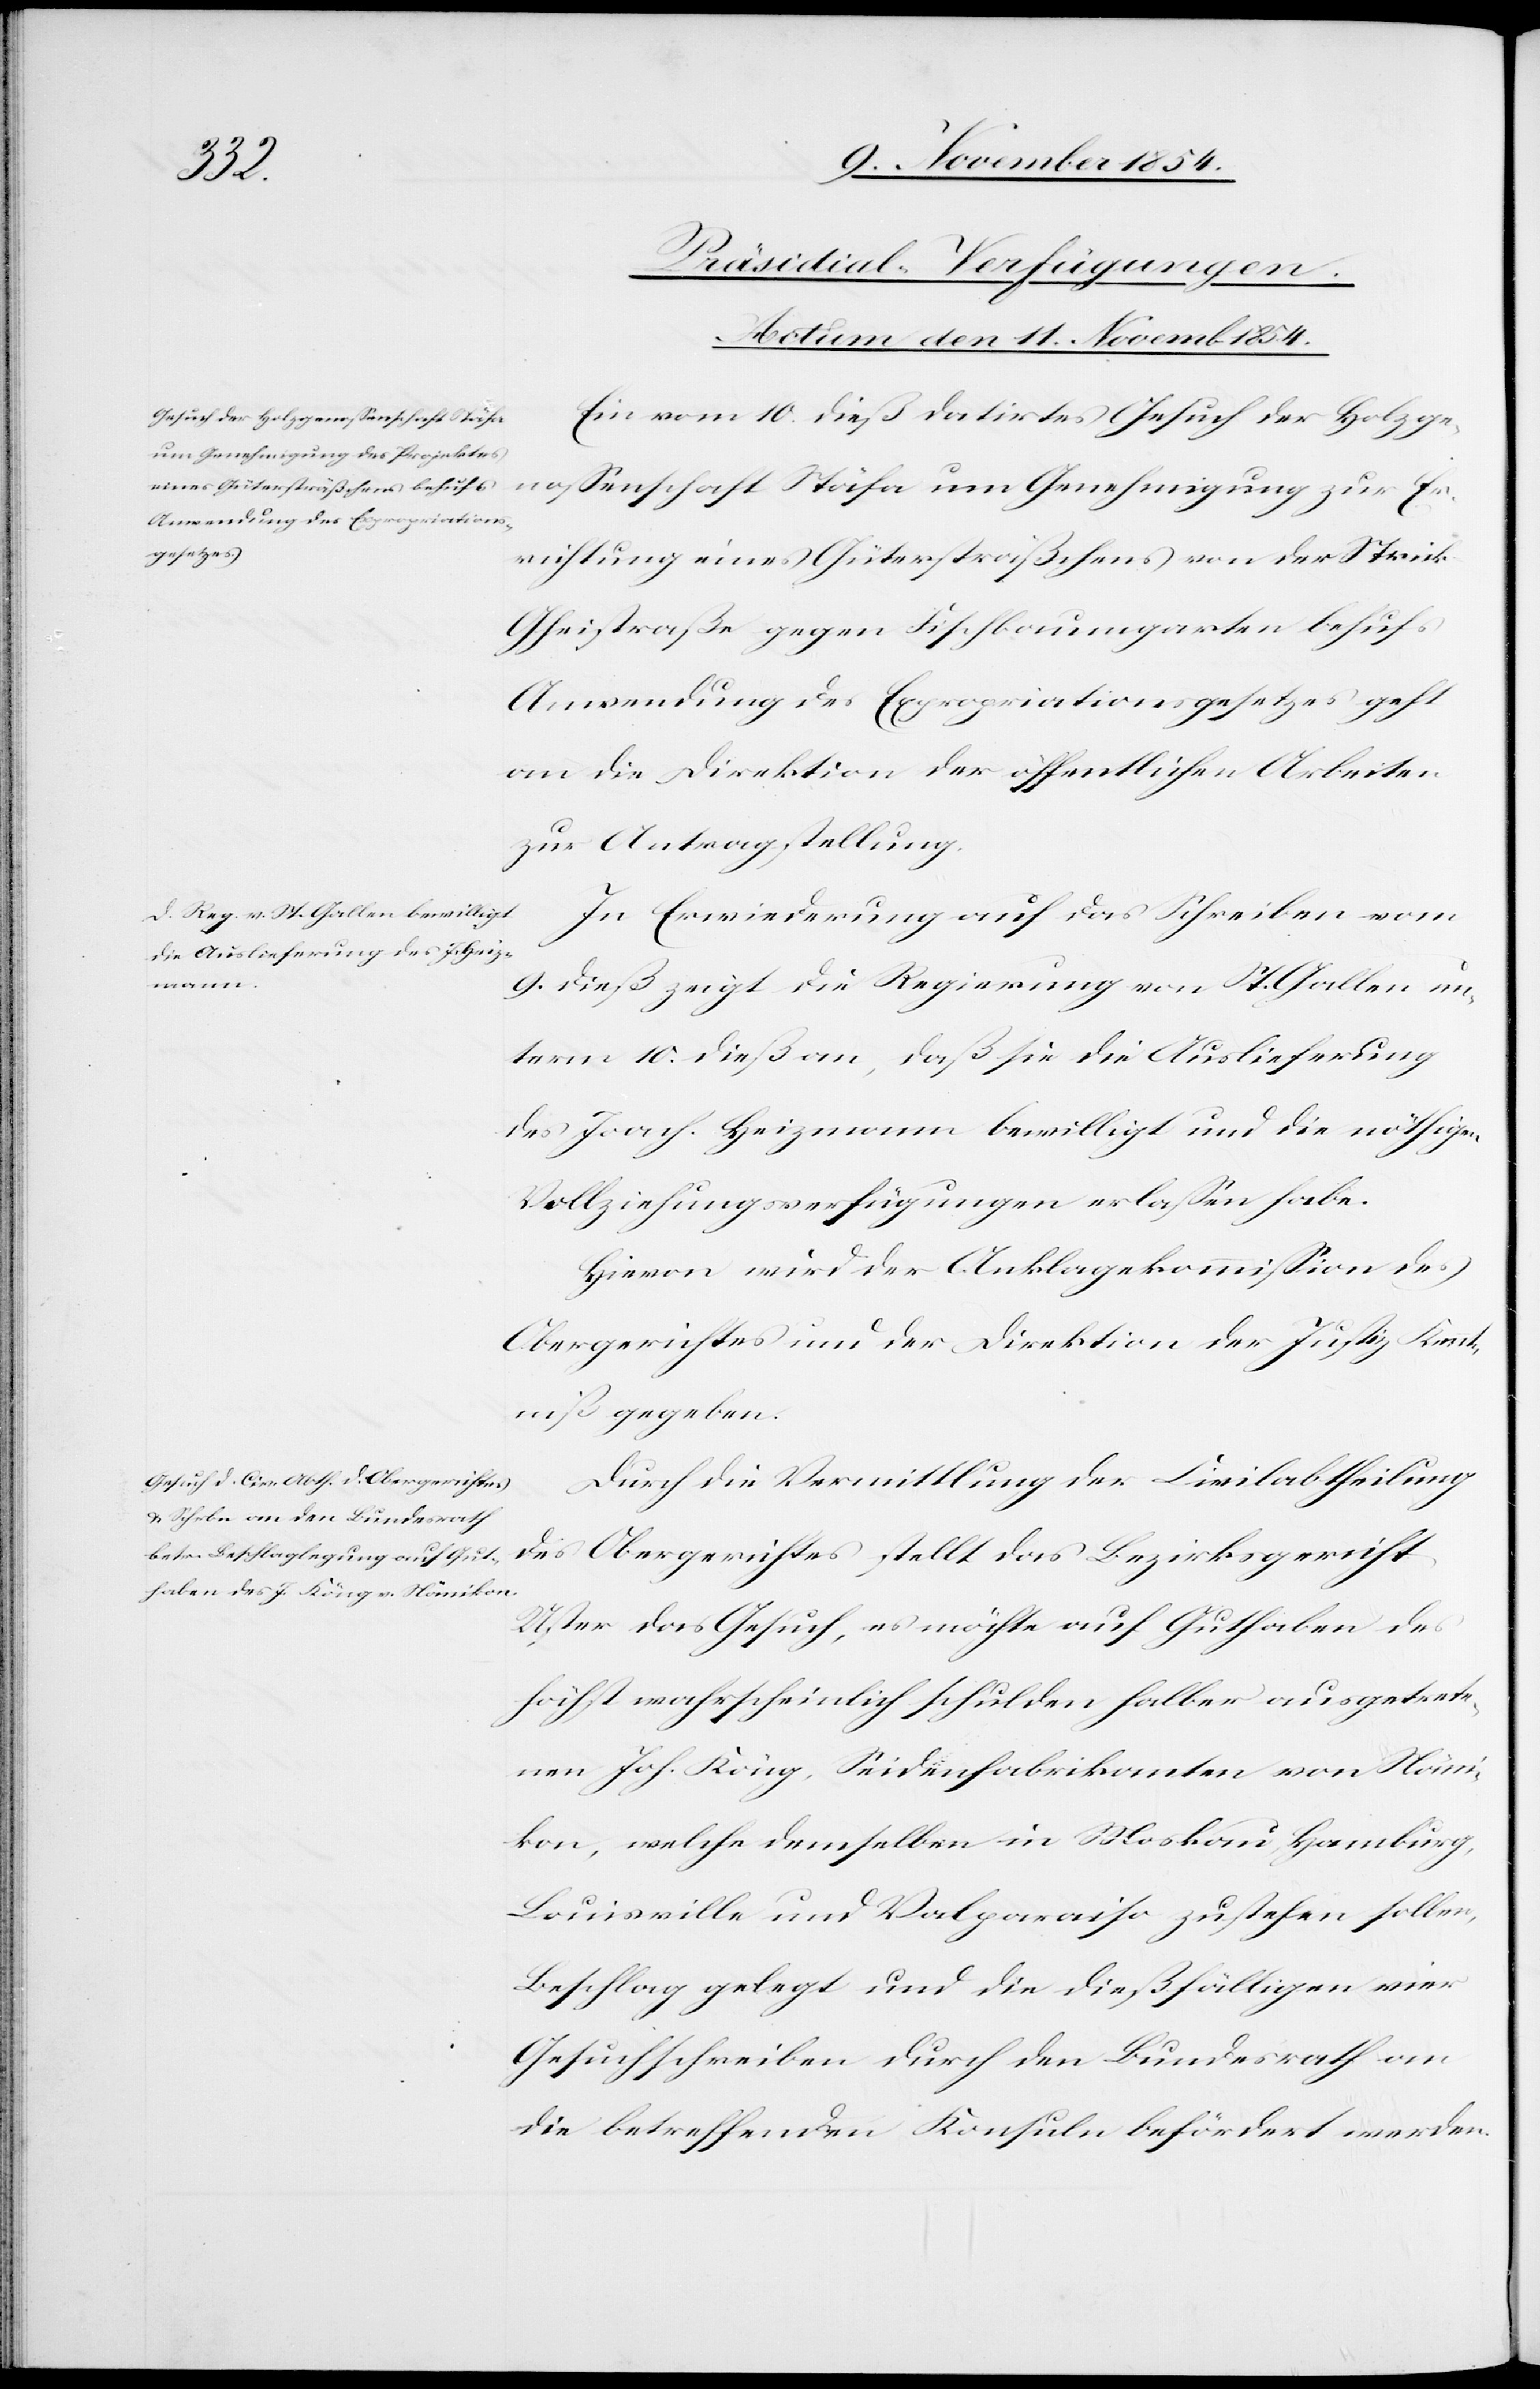
11. November 1854.]
[Präsidial-Verfügungen.
Ein vom 10. dieß datirtes Gesuch der Holzge¬
das Bezirksgericht
noßenschaft Stäfa um Genehmigung zur Er¬
richtung eines Gütersträßchens von der Streick-G¬
heistraße gegen Fischbaumgarten behufs
Anwendung des Expropriationsgesetzes geht
an die Direktion der öffentlichen Arbeiten
zur Antragstellung.
In Erwiederung auf das Schreiben vom
9. dieß zeigt die Regierung von St. Gallen un¬
term 10. dieß an, daß sie die Auslieferung
des Joach. Heizmann bewilligt und die nöthigen
Vollziehungsverfügungen erlaßen habe.
Hievon wird der Anklagekommißion des
Obergerichtes und der Direktion der Justiz Kennt¬
niß gegeben.
Durch die Vermittlung der Civilabtheilung
Uster das Gesuch, es möchte auf Guthaben des
höchst wahrscheinlich schulden halber ausgetrete¬
nen Joh. Köng, Seidenfabrikanten von Näni¬
kon, welche demselben in Moskau Hamburg,
Louisville und Valparaiso zustehen sollen,
Beschlag gelegt und die dießfälligen vier
Gesuchschreiben durch den Bundesrath an
die betreffenden Konsuln befördert werden.